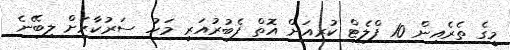
މީގެ ތެރެއިން 10 ފްލެޓް ކުރިއަށް އޮތް ފެބުރުއަރީ މަހު ސަރުކާރަށް ލިބޭނެ